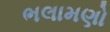
ભલામણો